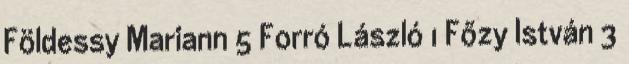
Földessy Mariann 5 Forró László 1 Főzy István 3